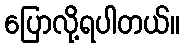
ပြောလို့ရပါတယ်။